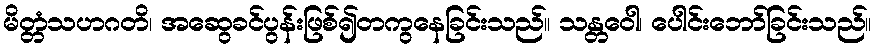
မိတ္တံသဟဂတိ၊ အဆွေခင်ပွန်းဖြစ်၍တကွနေခြင်းသည်။ သန္တဝေါ၊ ပေါင်းဘော်ခြင်းသည်။